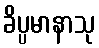
ခိပ္ပမာနာသု